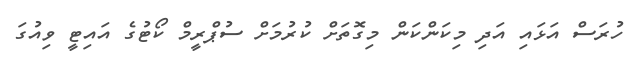
ހުރަސް އަޅައި އަދި މިކަންކަން މިގޮތަށް ކުރުމަށް ސުޕްރީމް ކޯޓުގެ އައިޓީ ވިއުގަ